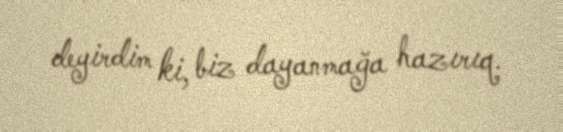
deyirdim ki, biz dayanmağa hazırıq.